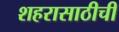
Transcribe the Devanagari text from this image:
शहरासाठीची